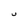
Character: U